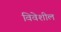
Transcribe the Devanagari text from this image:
विवेशील